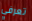
تعرفي